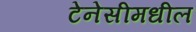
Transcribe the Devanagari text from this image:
टेनेसीमधील